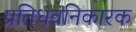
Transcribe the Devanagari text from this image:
प्रतिधवनिकारक